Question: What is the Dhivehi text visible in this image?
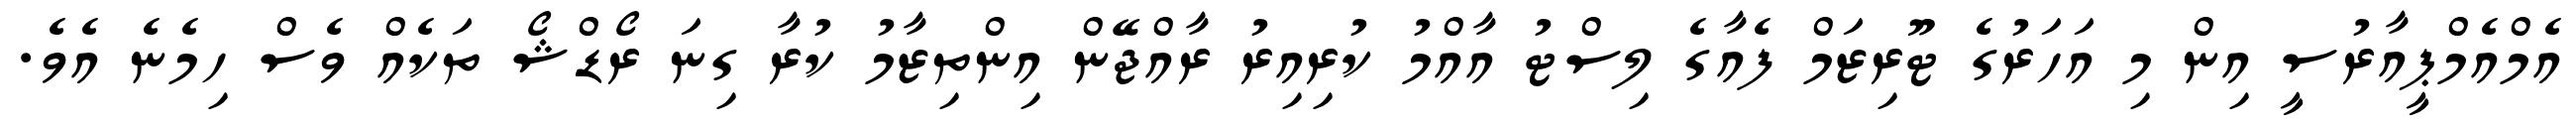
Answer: އެމްއެމްޕީއާރުސީ އިން މި އަހަރުގެ ޓޫރިޒަމް ފެއާގެ ލިސްޓު އާއްމު ކުރިއިރު ރާއްޖޭން އިންތިޒާމު ކުރާ ގިނަ ރޯޑްޝޯ ތަކެއް ވެސް ހިމެނެ އެވެ.